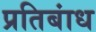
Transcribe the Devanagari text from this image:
प्रतिबांध